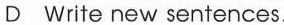
D Write new sentences.